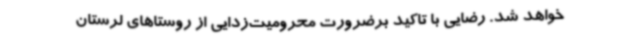
خواهد شد. رضایی با تاکید برضرورت محرومیت‌زدایی از روستاهای لرستان